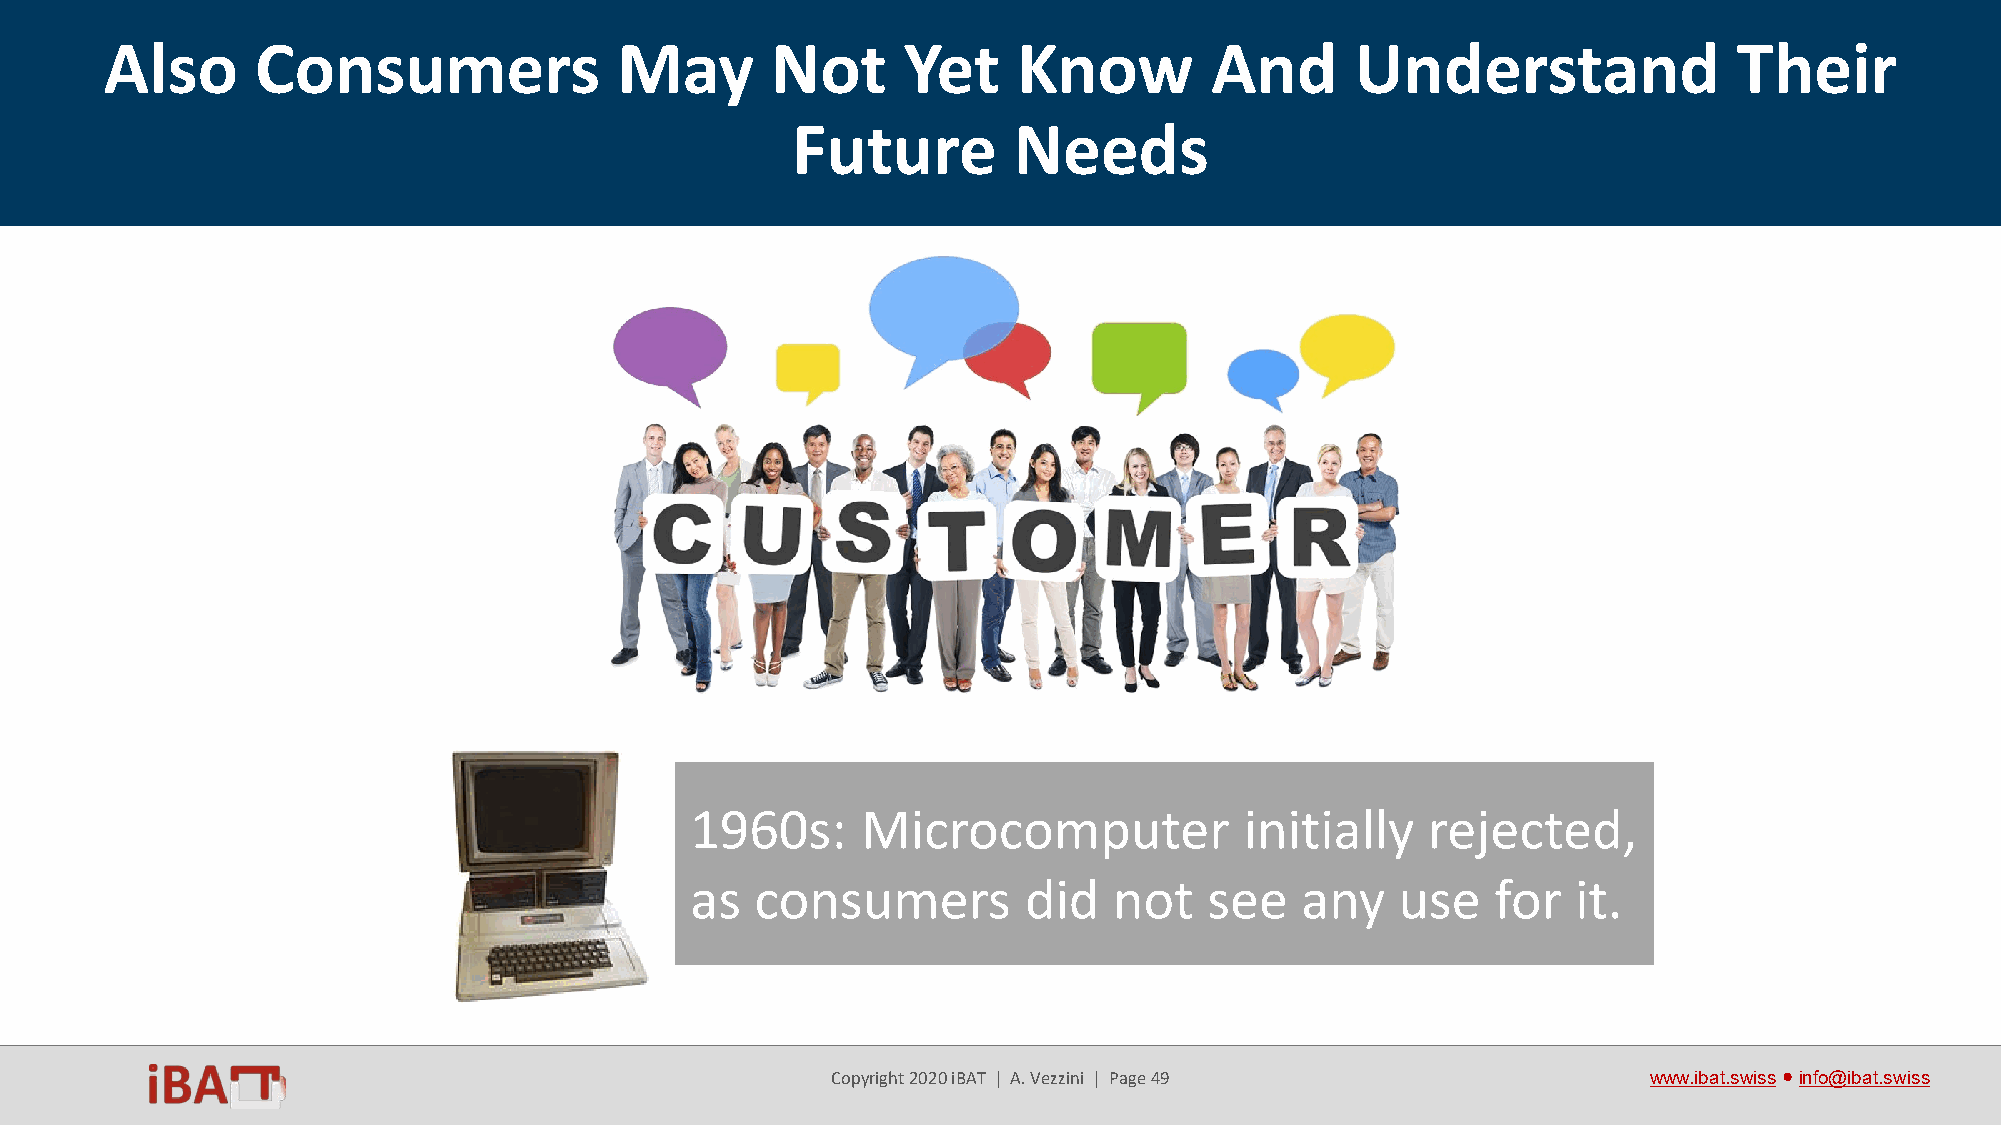
Also      Consumers               May       Not      Yet    Know         And       Understand               Their
 Future         Needs
 1960s:     Microcomputer            initially   rejected,
 as  consumers         did   not   see   any    use   for  it.
 Copyright 2020 iBAT | A. Vezzini | Page 49            www.ibat.swiss●info@ibat.swiss